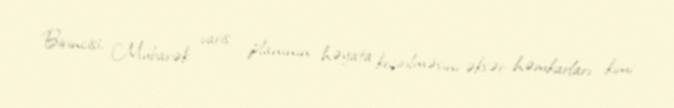
Birincisi, Mübarək varis planının həyata keçirilməsini əksər həmkarları kimi